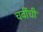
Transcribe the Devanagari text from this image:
चवींची